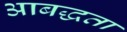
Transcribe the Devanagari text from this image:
आबद्धता